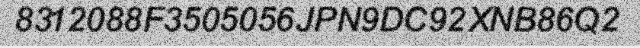
8312088F3505056JPN9DC92XNB86Q2